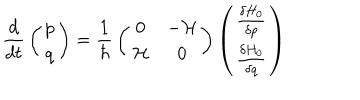
LaTeX: { \frac { d } { d t } } \left( \begin{matrix} { { p } } \\ { { q } } \\ \end{matrix} \right) = { \frac { 1 } { \hbar } } \left( \begin{matrix} { { 0 } } & { { - { \cal H } } } \\ { { { \cal H } } } & { { 0 } } \\ \end{matrix} \right) \left( \begin{matrix} { { { \frac { \delta H _ { 0 } } { \delta p } } } } \\ { { { \frac { \delta H _ { 0 } } { \delta q } } } } \\ \end{matrix} \right)